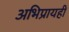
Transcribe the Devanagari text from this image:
अभिप्रायही